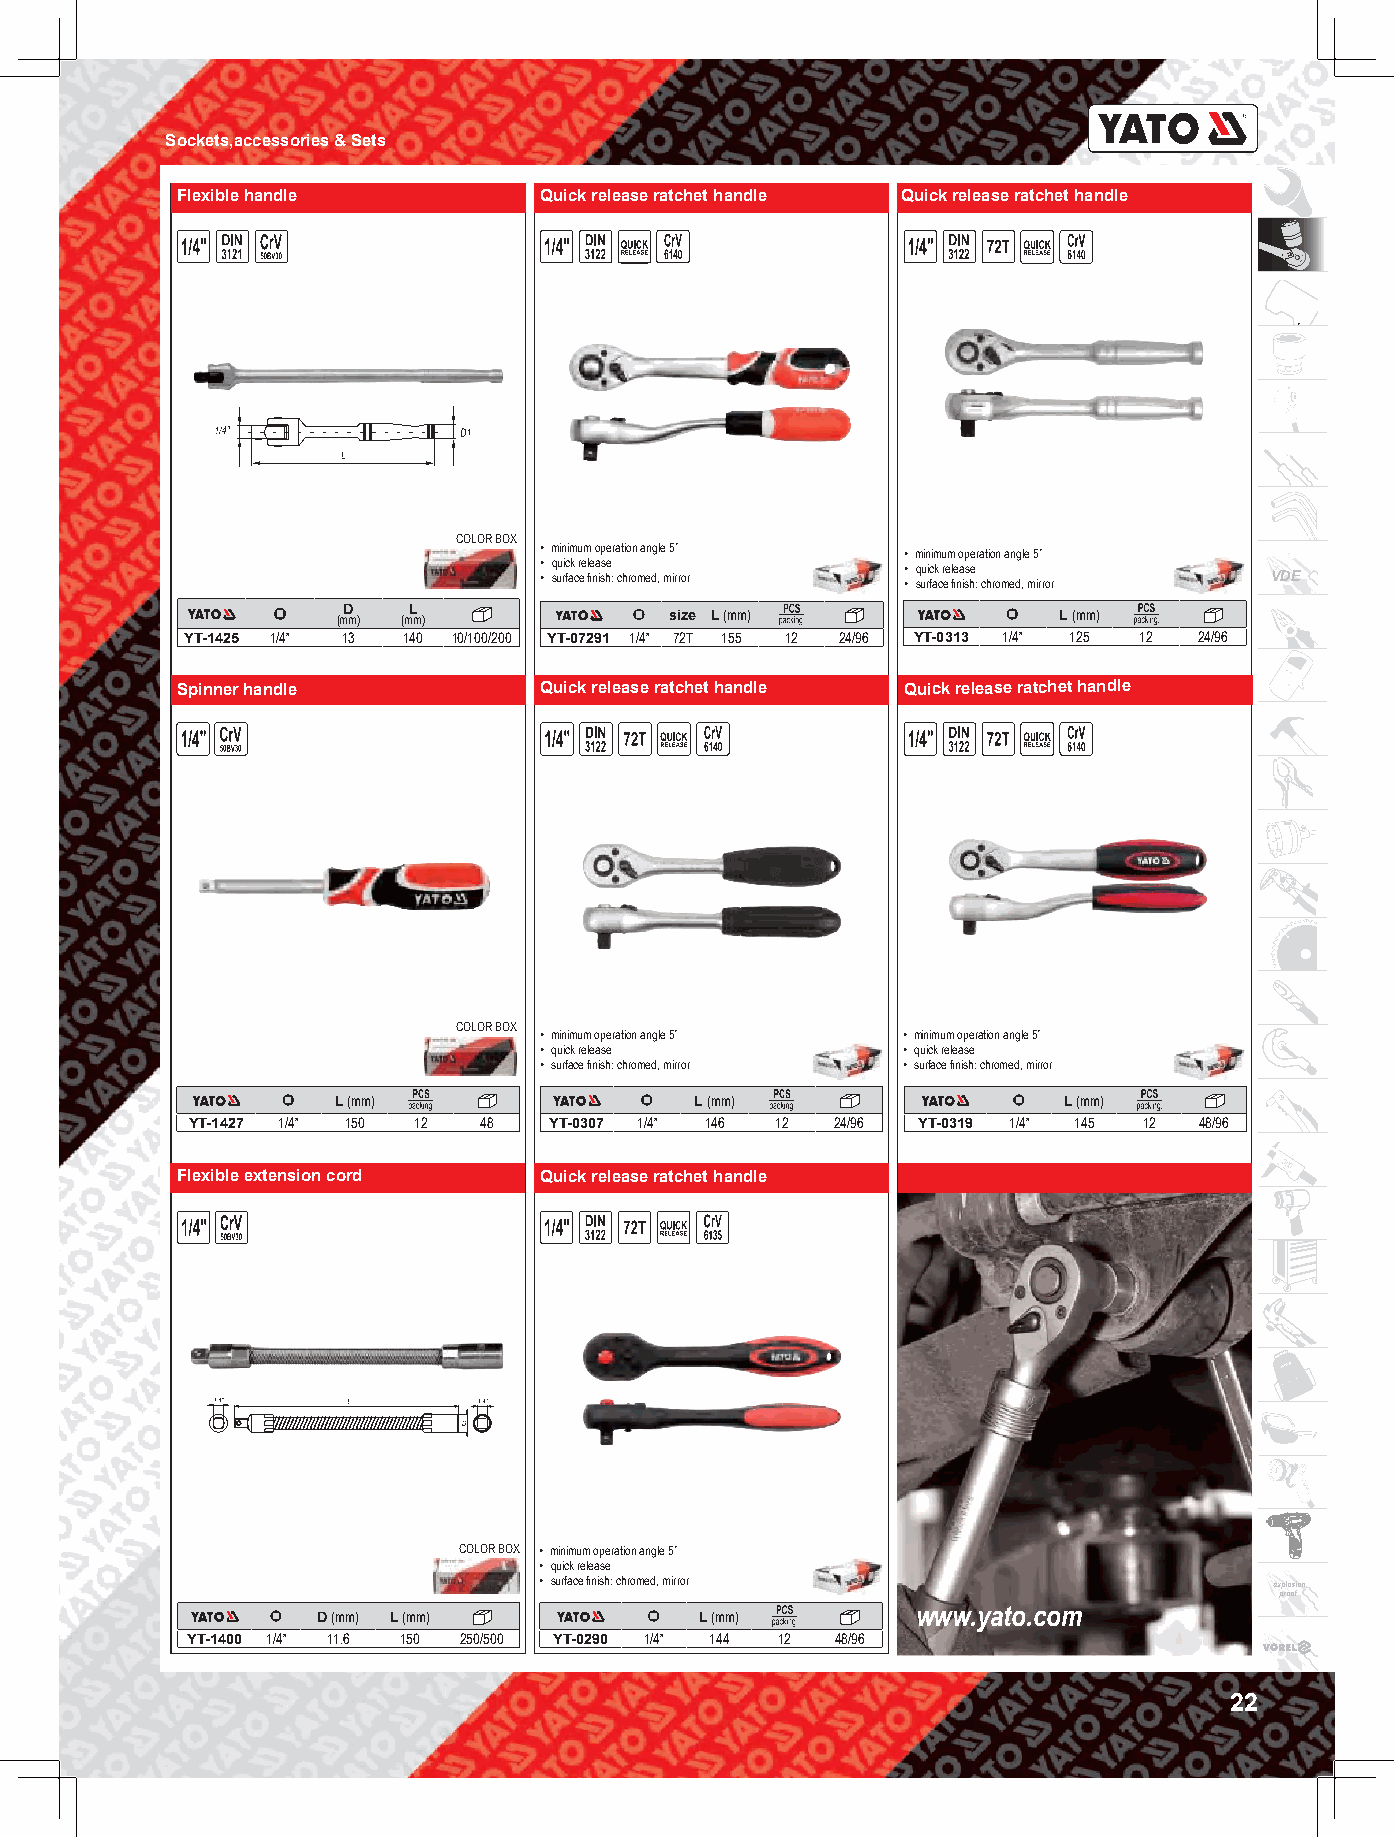
Sockets,accessories & Sets
 Flexible handle         Quick release ratchet handle Quick release ratchet handle
 COLOR BOX
 • minimum operation angle 5˚ • minimum operation angle 5˚
 • quick release         • quick release
 • surface finish: chromed, mirror • surface finish: chromed, mirror VDE
 (mD m) (mL m)         size L (mm)               L (mm)
 YT-1425 1/4” 13 140 10/100/200 YT-07291 1/4” 72T 155 12 24/96 YT-0313 1/4” 125 12 24/96
 Spinner handle          Quick release ratchet handle Quick release ratchet handle
 COLOR BOX
 • minimum operation angle 5˚ • minimum operation angle 5˚
 • quick release         • quick release
 • surface finish: chromed, mirror • surface finish: chromed, mirror
 L (mm)                  L (mm)                  L (mm)
 YT-1427 1/4” 150 12 48  YT-0307 1/4” 146 12 24/96 YT-0319 1/4” 145 12 48/96
 Flexible extension cord Quick release ratchet handle
 COLOR BOX • minimum operation angle 5˚
 • quick release
 • surface finish: chromed, mirror               explosion
 proof
 D (mm) L (mm)            L (mm)         www.yato.com
 YT-1400 1/4” 11.6 150 250/500 YT-0290 1/4” 144 12 48/96
 22